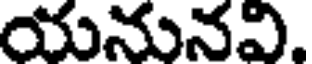
యనునవి.